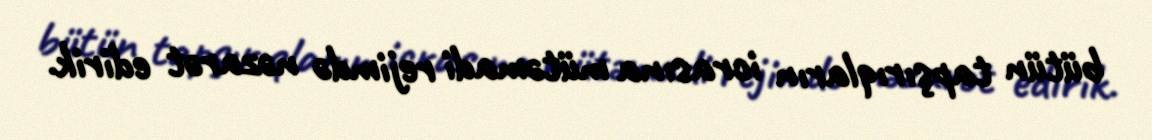
bütün tapşırıqların icrasına mütəmadi rejimdə nəzarət edirik.